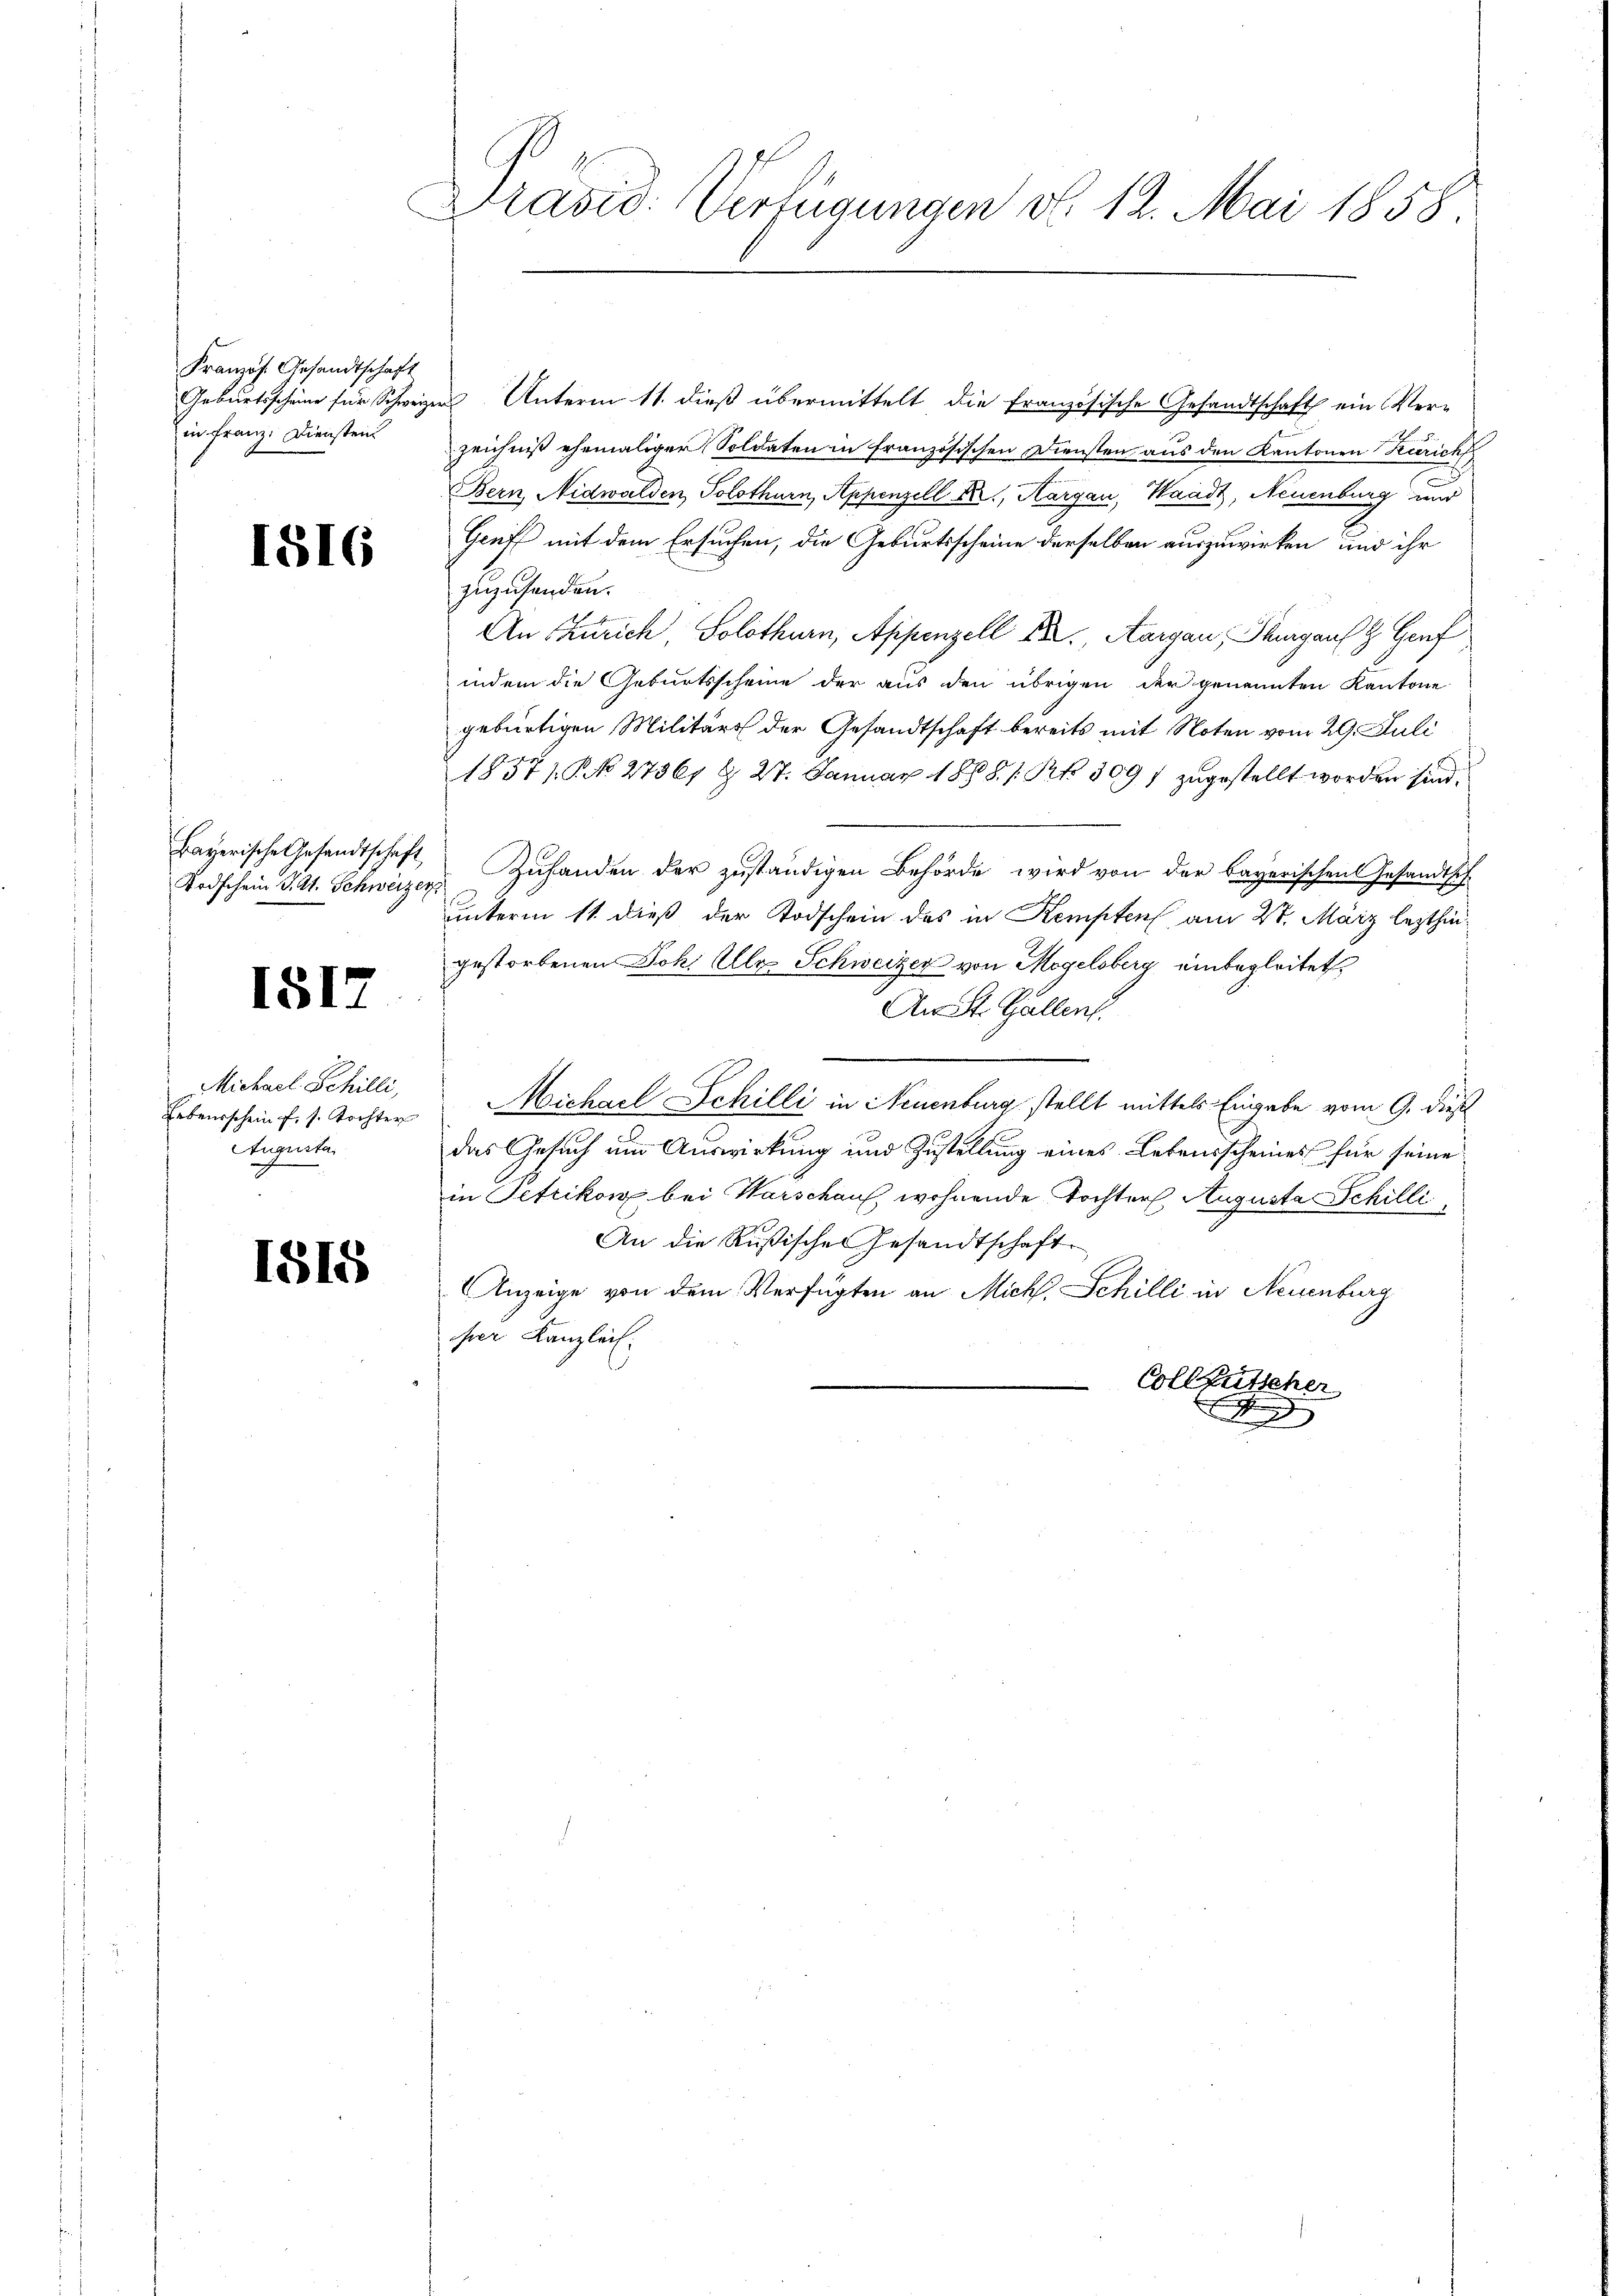
Französ. Gesandtschaft
in Franz. Dienstein

1816

Todschein J. A. Schweizer

1812

Michael Schilli,
Lebensschein f. s. Tochter
Augusta
ch

1515

Pravio: Verfügungen v. 12. Mai 1858

Geburtsscheine für Schweizer Unterm 11. dieß übermittelt die französische Gesandtschaft ein Verzeichniß ehemaliger Soldaten in französischen Diensten aus den Kantonen Zürich
Bern, Nidwalden, Solothurn, Appenzell Kr., Aargau, Waadt, Neuenburg und
Greff mit dem Ersuchen, die Geburtsscheine derselben auszuwirken, und ihr
zuzusenden.
An Zürich Solothurn, Appenzell fr., Aargau, Thurgau & Genf
indem die Geburtsscheine der aus den übrigen der genannten Kantone
gebürtigen Militärs der Gesandtschaft bereits mit Noten vom 29. Juli
1857/ No 27361 & 27. Januar 1888 / Kk. 309 / zugestellt worden sind.
Bayerische Gesandtschaft, Zuhanden der zuständigen Behörde wird von der bayerischen Gesandtsch
unterm 11. dieß der Todschein des in Kempten am 27. März lezthingestorbenen Joh. Alle Schweizer von Megelsberg einbegleitet
An St. Gallen.
Michael Schilli in Neuenburg stellt mittels Eingabe vom 9. dies
das Gesuch um Auswirkung und Zustellung eines Lebensscheines für seine
in Petrikon bei Warschaus, wohnende Tochter Augustav Schilli
An die Rußischen Gesandtschaft
Anzeige von dem Verfügten an Mich. Schilli in Neuenburg
ser Kanzleit
Collgütscher
F